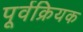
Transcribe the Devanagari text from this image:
पूर्वक्रियक